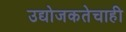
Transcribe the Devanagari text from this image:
उद्योजकतेचाही